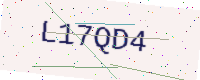
Text: L17QD4